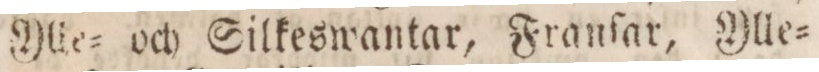
Ylle= och Silkeswantar, Franſar, Ylle=